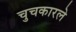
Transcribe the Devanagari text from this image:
चुचकारले